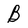
Character: B